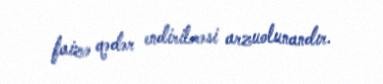
faizə qədər endirilməsi arzuolunandır.